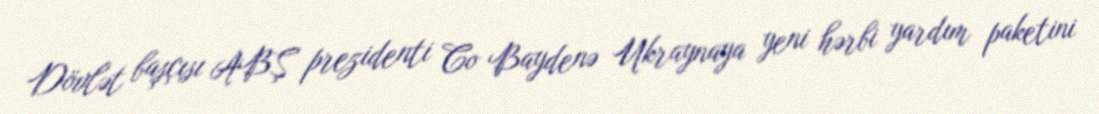
Dövlət başçısı ABŞ prezidenti Co Baydenə Ukraynaya yeni hərbi yardım paketini